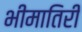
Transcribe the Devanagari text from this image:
भीमातिरीं